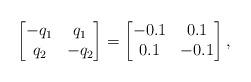
LaTeX: \begin{align*}\begin{bmatrix}-q_1& q_1\\ q_2&-q_2\end{bmatrix}=\begin{bmatrix}-0.1&0.1\\0.1&-0.1\end{bmatrix},\end{align*}